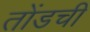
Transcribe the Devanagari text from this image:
तोंडची